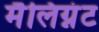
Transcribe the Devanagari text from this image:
मैलिग्नंट